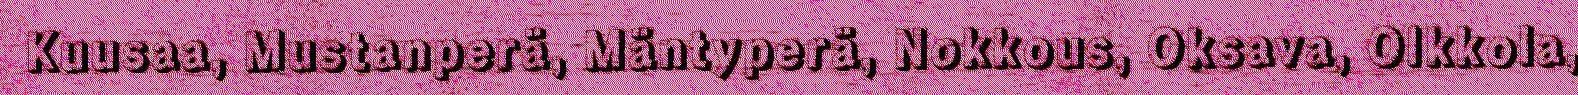
Kuusaa, Mustanperä, Mäntyperä, Nokkous, Oksava, Olkkola,